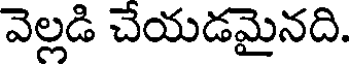
వెల్లడి చేయడమైనది.